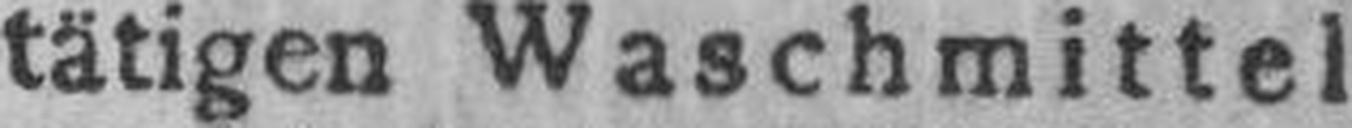
tätigen Waschmittel